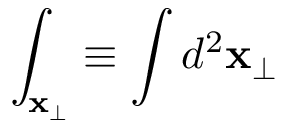
\int _ { \mathbf { x } _ { \perp } } \equiv \int d ^ { 2 } \mathbf { x } _ { \perp }